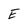
Character: E